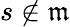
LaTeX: s\not\in{\mathfrak{m}}